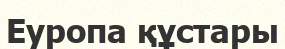
Еуропа құстары